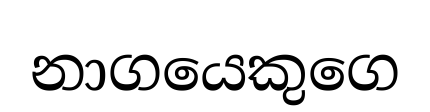
නාගයෙකුගෙ